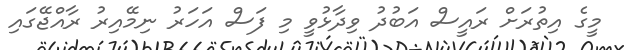
މީގެ އިތުރަށް ރައީސް އަބުދު ވިދާޅުވީ މި ފަސް އަހަރު ނިމޭއިރު ރާއްޖޭގައި